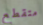
متقطع